Ajakirja_Uliopilasleht_toimetus, lk 27
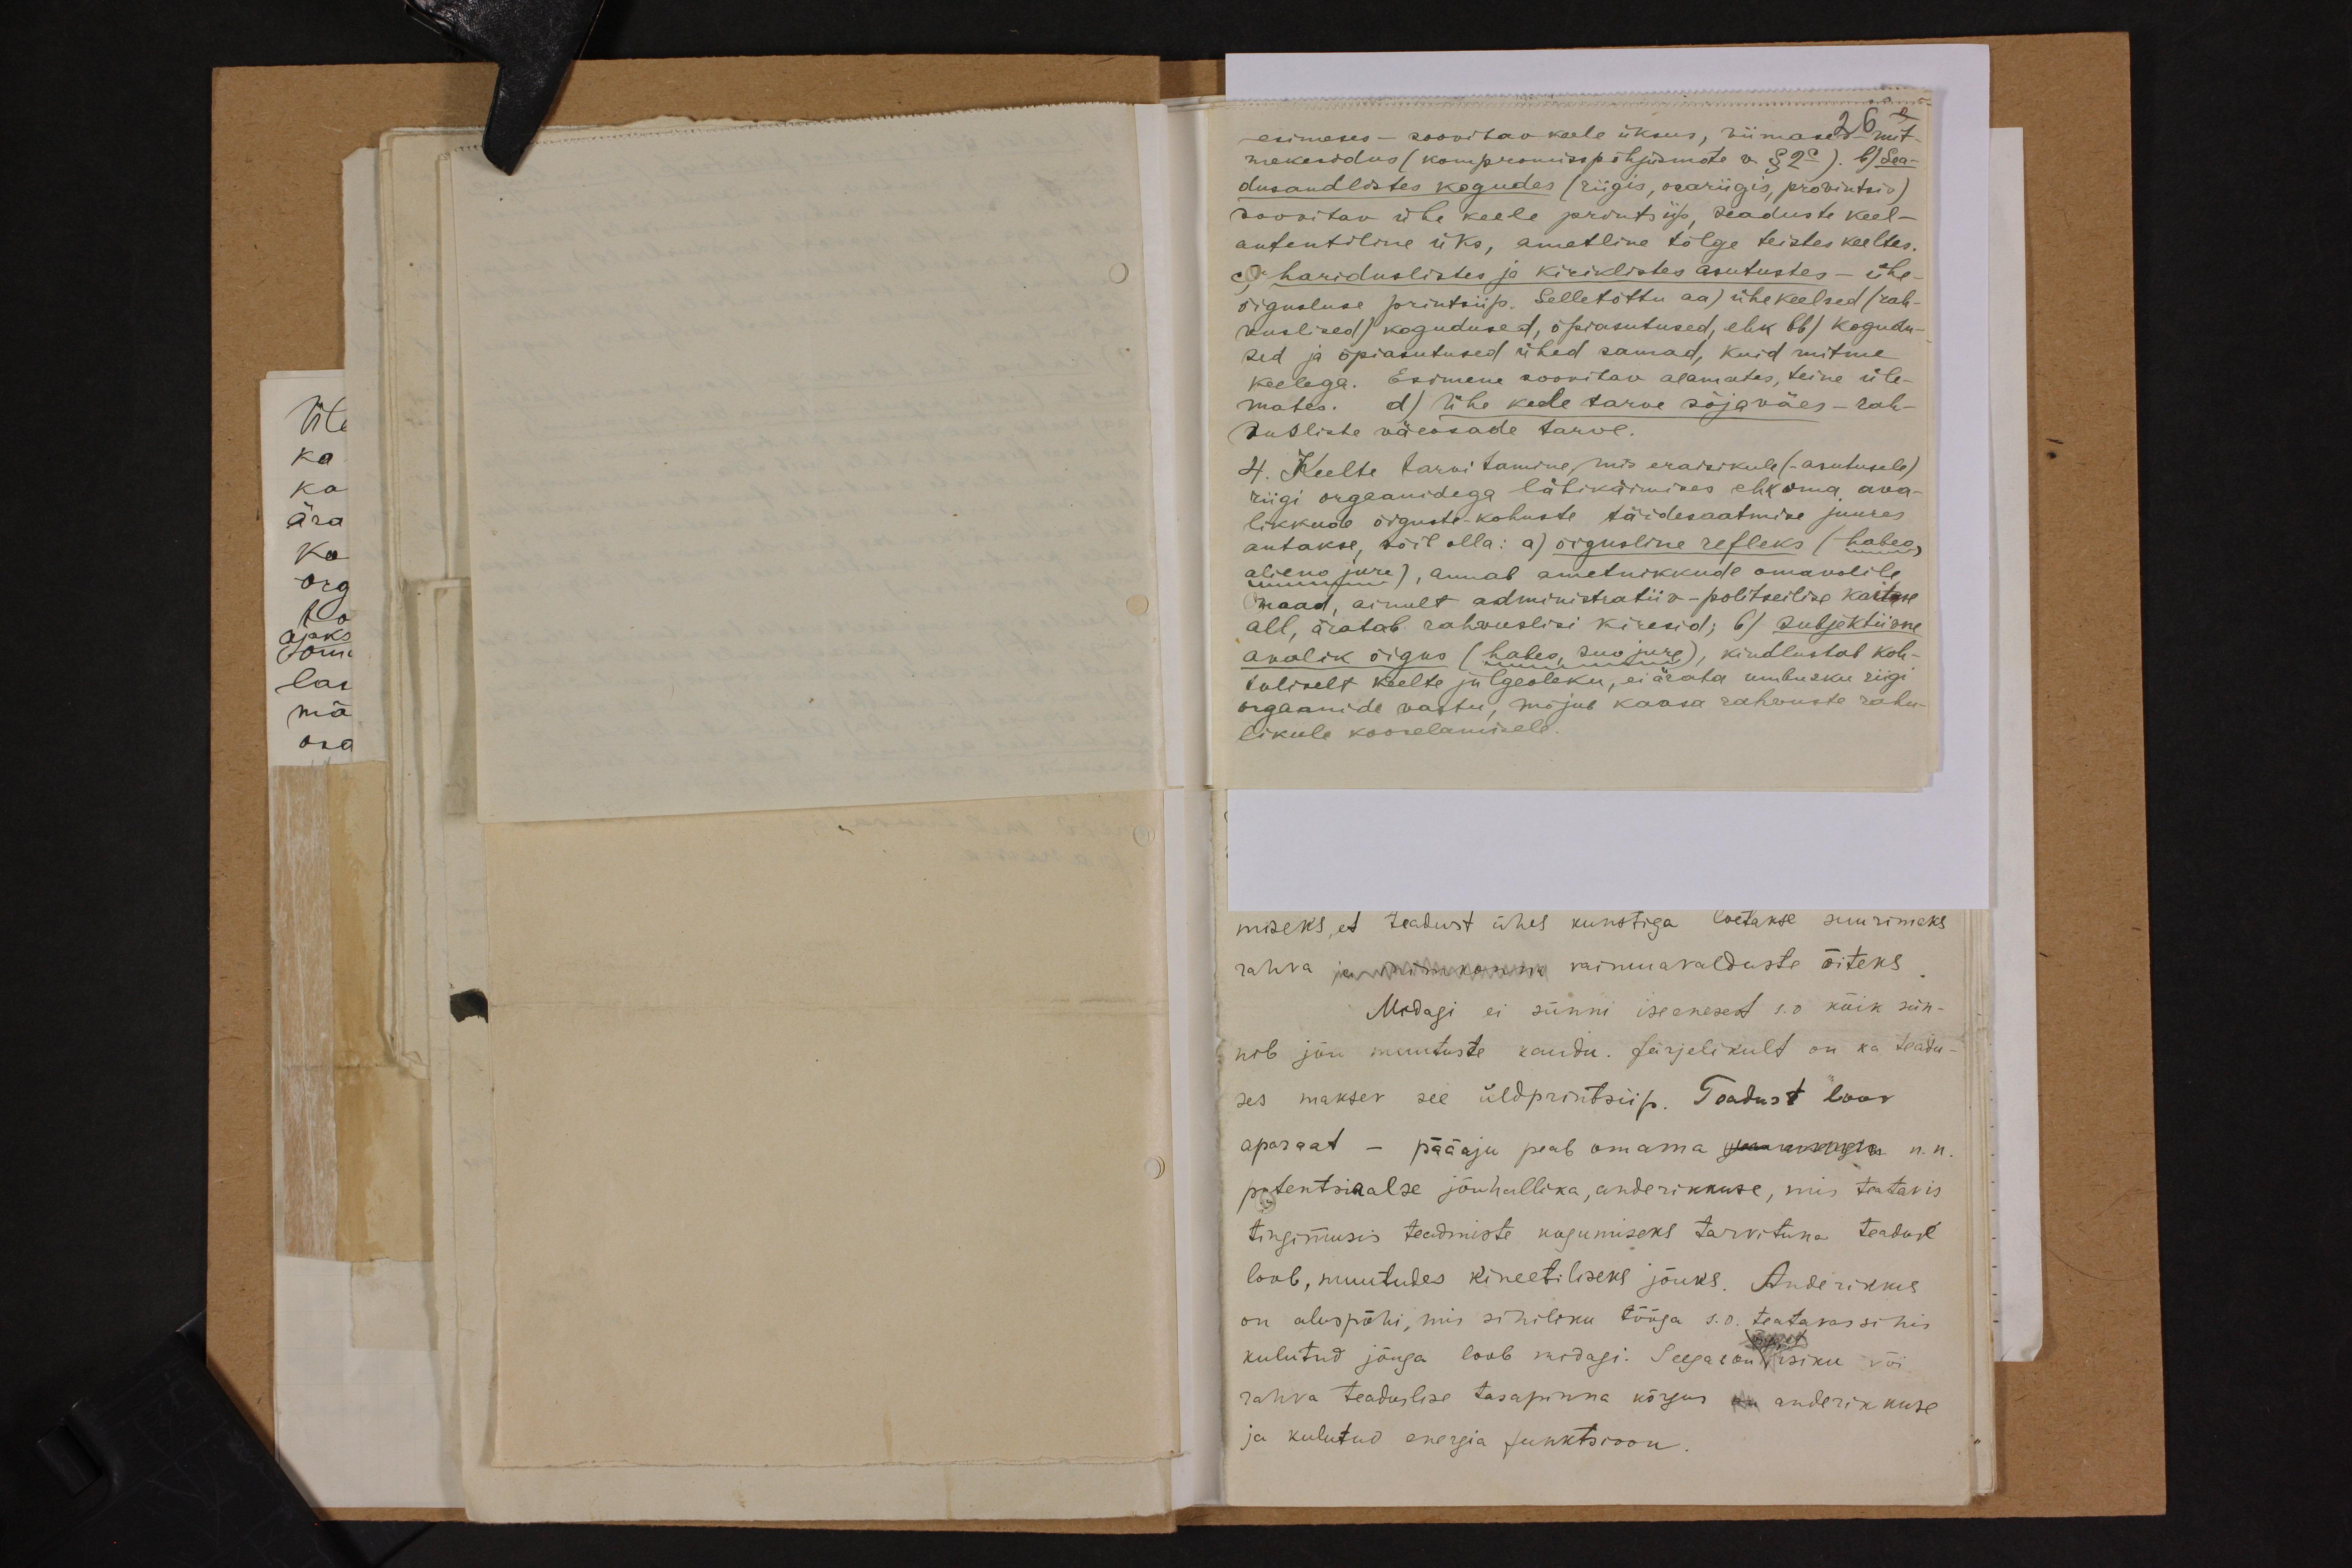
26
esimeses - soovitav-keele üksus, viimased - mit-
mekordus (kompromisspõhjuste v. § 2c). b)Sea-
dusandlistes kogudes (riigis, osariigis, provintsis)
soovitav ühe keele printsiip, seaduste keel-
autentiline üks, ametline tõlge teistes keeltes
c) hariduslistes ja kiriklistes asutustes - ühe-
õigusluse printsiip. Selletõttu aa) ühekeelsed (rah-
vuslised (kogudused, õpiasutused, ehk bb) kogudu-
sed ja õpiasutused ühed samad, kuid mitme
keelega. Esimene soovitav alamates, teine üle-
mates. d) Ühe keele tarve sõjaväes - rah-
vusliste väeosade tarve
4. Keelte tarwitamine, mis eraisikule (asutusele).
riigi organidega läbikäimises ehk oma ava-
likkude õiguste-kohuste täidesaatmise juures
antakse, võib olla: a) õigusline refleks (habeo
alieno jure), annab ametnikkude omavolile
maad, ainult administratiiv-politseilise kaitse
all, äratab rahvuslisi kiresid; b) subjektiivne
avalik õigus (habeo suo jure), kindlustab koh-
tuliselt keelte julgeoleku, ei ärata umbusku riigi
organide vastu, mõjub kaasa rahvuste rahu-
likule kooselamisele.